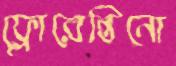
ফ্লোরেন্তিনো